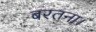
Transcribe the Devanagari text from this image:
बरतना।